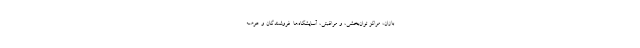
بازان، مراکز توان‌بخشی، و مراقبتی، آسایشگاه‌ها. فروشندگان و عرضه